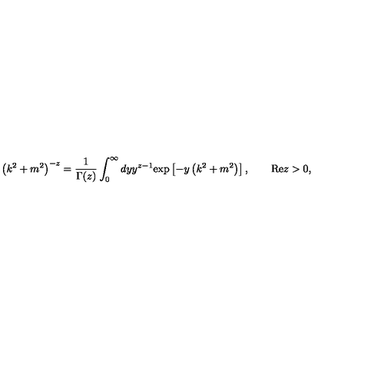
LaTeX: \left( k ^ { 2 } + m ^ { 2 } \right) ^ { - z } = \frac 1 { \Gamma ( z ) } \int _ { 0 } ^ { \infty } d y y ^ { z - 1 } \mathrm { e x p } \left[ - y \left( k ^ { 2 } + m ^ { 2 } \right) \right] , \qquad \mathrm { R e } z > 0 ,